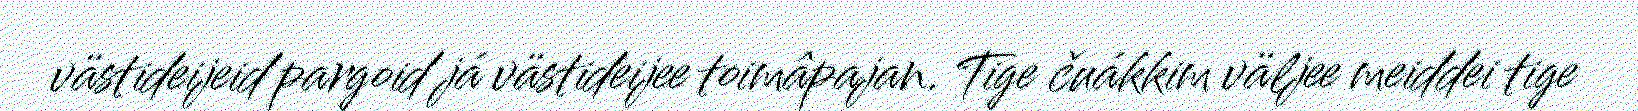
västideijeid pargoid já västideijee toimâpajan. Tige čuákkim väljee meiddei tige